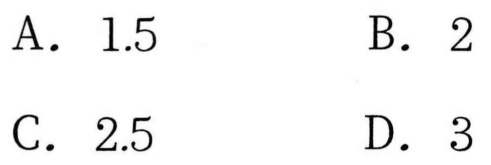
A. \(1.5\)  B. \(2\)
C. \(2.5\)  D. \(3\)